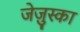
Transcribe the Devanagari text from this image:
जेज़ुस्का